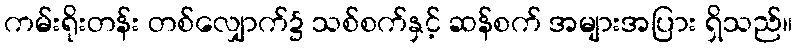
ကမ်းရိုးတန်း တစ်လျှောက်၌ သစ်စက်နှင့် ဆန်စက် အများအပြား ရှိသည်။